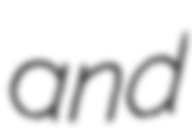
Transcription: and